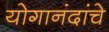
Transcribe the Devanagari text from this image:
योगानंदांचे